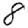
Digit: 8